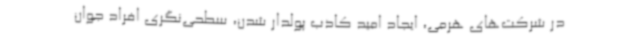
در شرکت‌های هرمی، ایجاد امید کاذب پولدار شدن، سطحی‌نگری افراد جوان